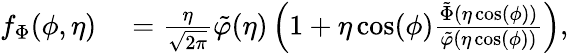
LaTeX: \begin{array}{rl}{f_{\Phi}(\phi,\eta)}&{{}=\frac{\eta}{\sqrt{2\pi}}\tilde{\varphi}(\eta)\left(1+\eta\cos(\phi)\frac{\tilde{\Phi}(\eta\cos(\phi))}{\tilde{\varphi}(\eta\cos(\phi))}\right),}\end{array}